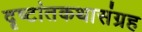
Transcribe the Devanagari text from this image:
दृष्टांतकथासंग्रह